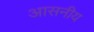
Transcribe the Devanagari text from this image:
आसनीय